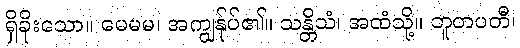
ရှိခိုးသော။ မေမမ၊ အကျွန်ုပ်၏။ သန္တိသံ၊ အထံသို့။ ဘူတပတီ၊